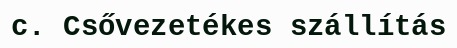
c. Csővezetékes szállítás